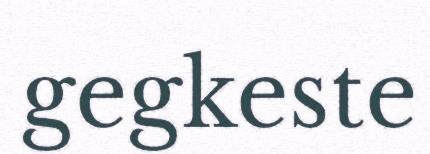
gegkeste